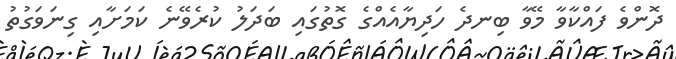
ދޮންވެ ފައްކާވާ މޭވާ ބިނދެ ހަދިޔާއެއްގެ ގޮތުގައި ބަދަލު ކުރެވޭނެ ކަމަށާއި ގިނަވަގުތު